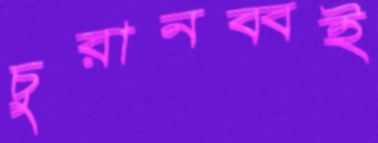
চুরানব্বই